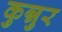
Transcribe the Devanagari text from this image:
कुन्नुर